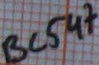
Text: BC547